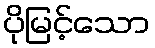
ပိုမြင့်သော